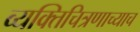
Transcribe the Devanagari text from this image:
व्यक्तिचित्रणाच्याच